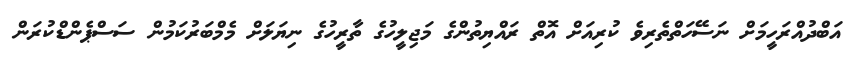
އަބްދުއްރަހީމަށް ނަސޭހަތްތެރިވެ ކުރިއަށް އޮތް ރައްޔިތުންގެ މަޖިލީހުގެ ތާރީހުގެ ނިޔަލަށް މެމްބަރުކަމުން ސަސްޕެންޑްކުރަން